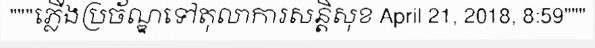
"""ភ្លើងប្រច័ណ្ឌទៅតុលាការសន្តិសុខ April 21, 2018, 8:59"""